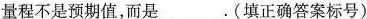
量程不是预期值，而是___。(填正确答案标号)